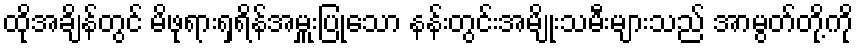
ထိုအချိန်တွင် မိဖုရားရှရိန်အမှူးပြုသော နန်းတွင်းအမျိုးသမီးများသည် အာမွတ်တို့ကို